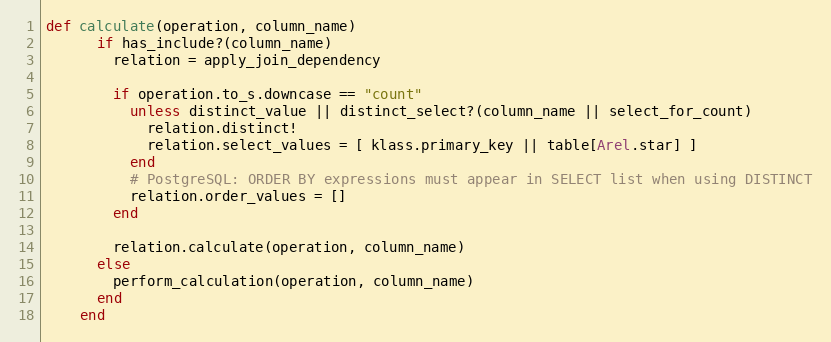
Language: Ruby
def calculate(operation, column_name)
      if has_include?(column_name)
        relation = apply_join_dependency

        if operation.to_s.downcase == "count"
          unless distinct_value || distinct_select?(column_name || select_for_count)
            relation.distinct!
            relation.select_values = [ klass.primary_key || table[Arel.star] ]
          end
          # PostgreSQL: ORDER BY expressions must appear in SELECT list when using DISTINCT
          relation.order_values = []
        end

        relation.calculate(operation, column_name)
      else
        perform_calculation(operation, column_name)
      end
    end